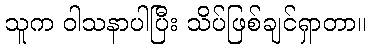
သူက ဝါသနာပါပြီး သိပ်ဖြစ်ချင်ရှာတာ။